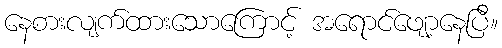
နေစားလျက်ထားသောကြောင့် အရောင်ဖျော့နေပြီ။